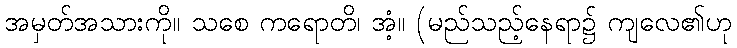
အမှတ်အသားကို။ သစေ ကရောတိ၊ အံ့။ (မည်သည့်နေရာ၌ ကျလေ၏ဟု